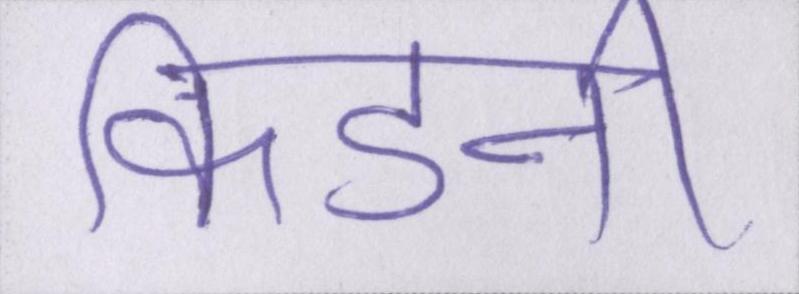
किडनी